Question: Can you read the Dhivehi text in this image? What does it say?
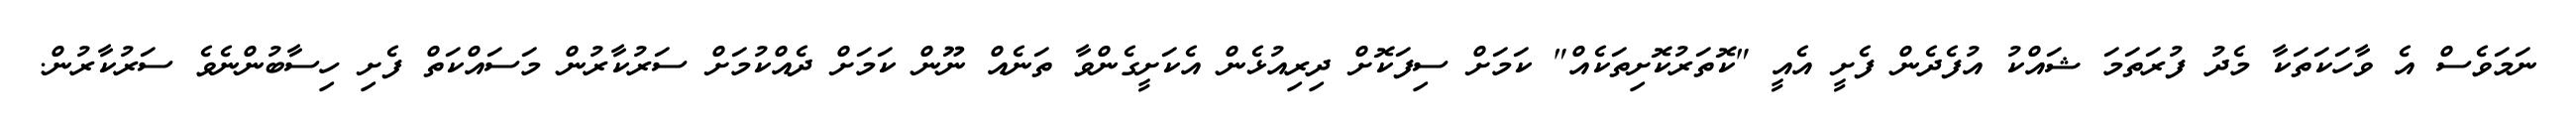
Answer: ނަމަވެސް އެ ވާހަކަތަކާ މެދު ފުރަތަމަ ޝައްކު އުފެދެން ފެށީ އެއީ "ކޮތަރުކޮށިތަކެއް" ކަމަށް ސިފަކޮށް ދިރިއުޅެން އެކަށީގެންވާ ތަނެއް ނޫން ކަމަށް ދެއްކުމަށް ސަރުކާރުން މަސައްކަތް ފެށި ހިސާބުންނެވެ ސަރުކާރުން.